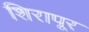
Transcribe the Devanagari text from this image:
शिरापूर